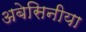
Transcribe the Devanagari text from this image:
अबेसिनीया